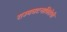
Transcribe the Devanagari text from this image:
राज्यघटनाविरोधी